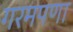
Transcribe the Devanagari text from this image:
गरमपणा